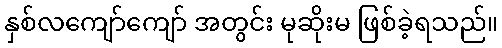
နှစ်လကျော်ကျော် အတွင်း မုဆိုးမ ဖြစ်ခဲ့ရသည်။